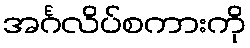
အင်္ဂလိပ်စကားကို